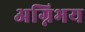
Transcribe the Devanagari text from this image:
अग्निभय